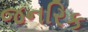
જનરિક